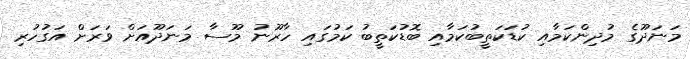
މަނަދޫގެ މުދިންކަމާއި ކުޑަކަތީބުކަމާއި ބޮޑުކަތީބު ކަމުގައި ހާރޫނު މޫސާ މަނަދޫއަށް ވަރަށް އަގުހުރި